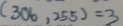
( 3 0 6 , 2 5 5 ) = 3